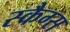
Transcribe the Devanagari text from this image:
स्कैग्स